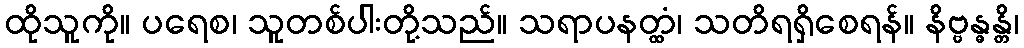
ထိုသူကို။ ပရေစ၊ သူတစ်ပါးတို့သည်။ သရာပနတ္ထံ၊ သတိရရှိစေရန်။ နိဗ္ဗန္ဓန္တိ၊